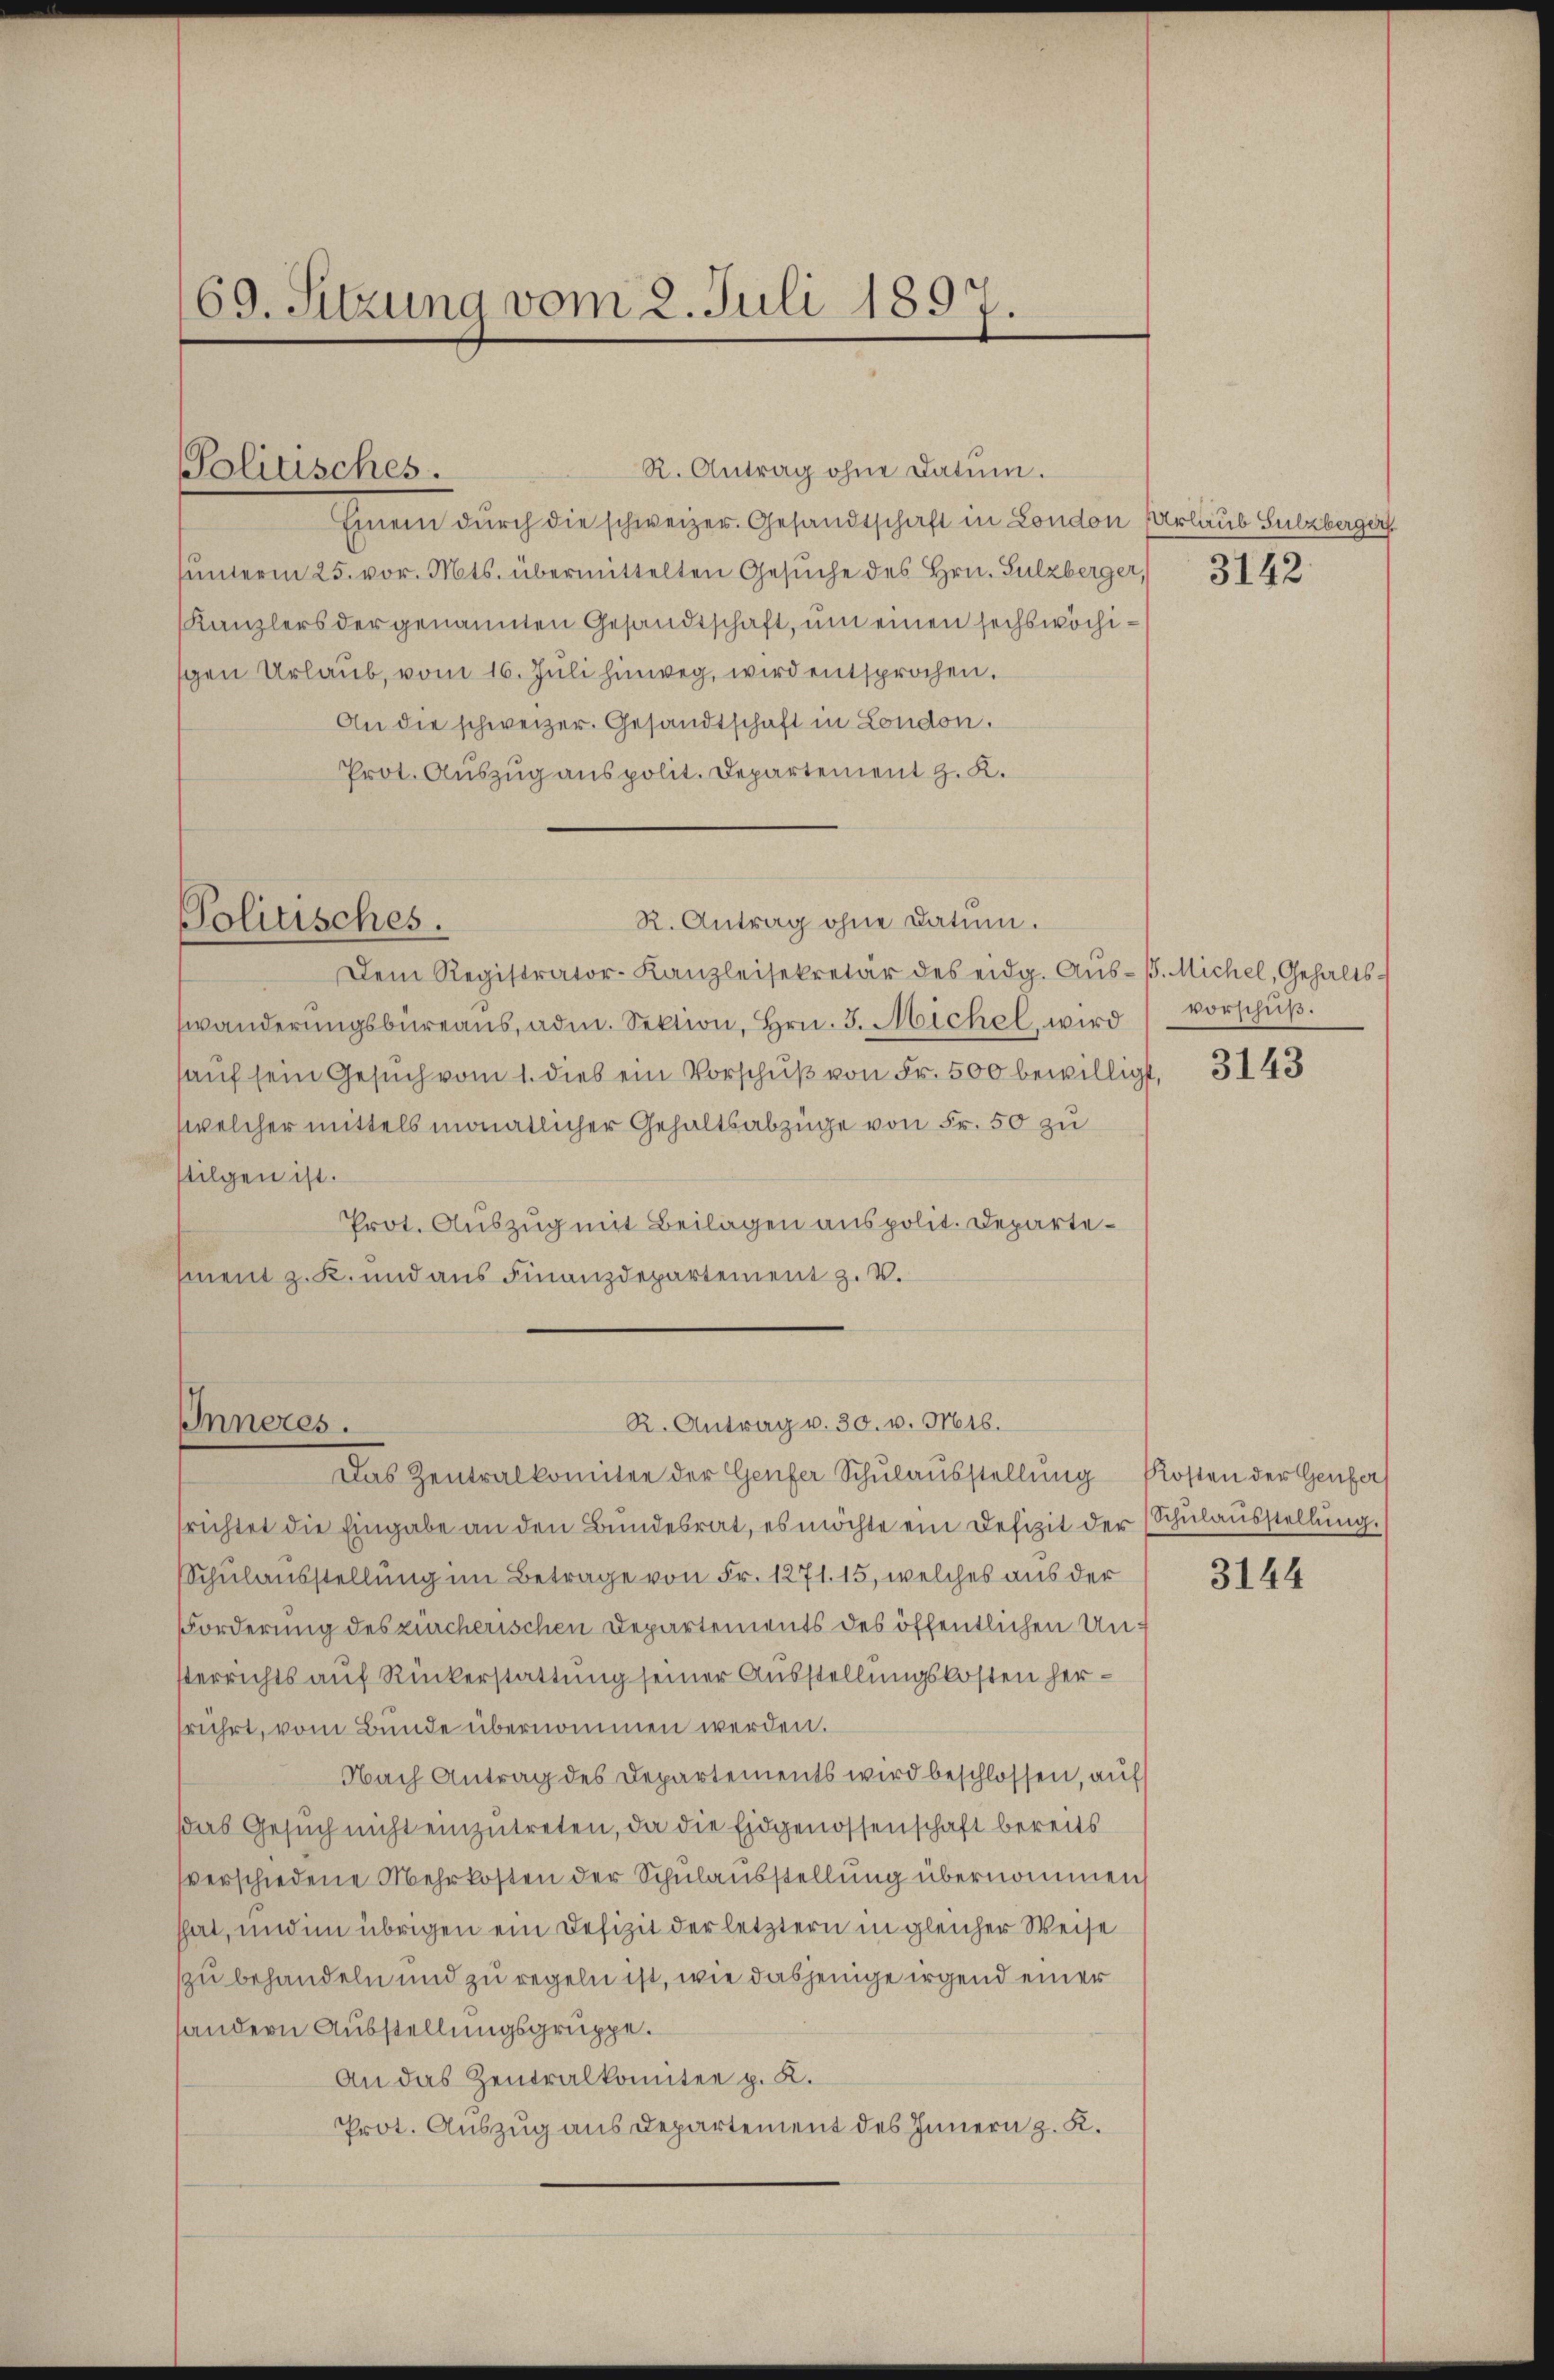
69. Sitzung vom 2. Juli 1897.

Einem dŭrch die schweizer. Gesandtschaft in London Urlaub Sulzbergerf
sunterm 25. vor. Mts. übermittelten Gesŭche des Hrn. Sulzberger, 3143
Kanzlers der genannten Gesandtschaft, um einen sechswöchisgen Urlaub, vom 16. Juli hinweg, wird entsprochen.
An die schweizer. Gesandtschaft in London.
Prot. Auszug aus polit. Departement z. K.

Dem Registrator-Kanzleisekretär des eidg. Aŭs-B. Michel, Gehalts-
swänderungsbüreaus, adm. Sektion, Hrn. 3. Michel, wird
hauf sein Gesuch vom 1. Dieb ein Vorschuß von Fr. 500 bewilligt,
welcher mittels monatlicher Gehaltsabzüge von Fr. 50 zu
stilgen ist.
Prot. Auszug mit Beilagen aus polit. Departemnent z. K. und aus Finanzdepartement z. B.

Politisches.

R. Antrag ohne Datum.

R. Antrag ohne Datum.
Politisches.

R. Antrag v. 30. v. Mts.
Inneres.
Das Zentralkomitee der Genfer Schŭlaŭsstellŭng Kosten der Genfer

srichtet die Eingabe an den Bundesrat, es möchte ein Defizit der (Schŭlaŭsstellŭng.
Schulausstellung im Betrage von Fr. 1271. 15, welches aus der
Forderung des zürcherischen Departements des öffentlichen Unsterrichts auf Rückerstattung seiner Ausstellungskosten herfrührt, vom Bunde übernommen werden.
Nach Antrag des Departements wird beschlossen, auf
das Gesuch nicht einzutreten, da die Eidgenossenschaft bereits
verschiedene Mehrkosten der Schulausstellung übernommen,
that, und im übrigen ein Defizit der letztern in gleicher Weise
zu behandeln und zu regeln ist, wie dasjenige irgend einer
sandern Ausstellungsgruppe.
An das Zentralkomitee p. K.
Prot. Auszug aus Departement des Innern z. K.

vorschiß.

3143

3144